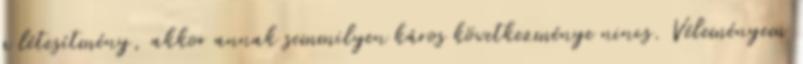
a létesítmény, akkor annak semmilyen káros következménye nincs. Véleményem